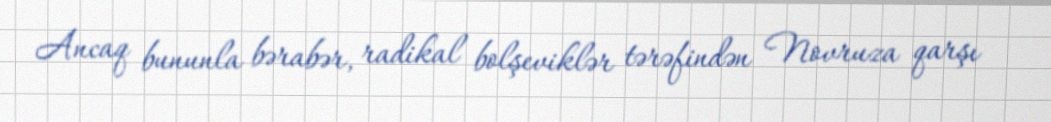
Ancaq bununla bərabər, radikal bolşeviklər tərəfindən Novruza qarşı